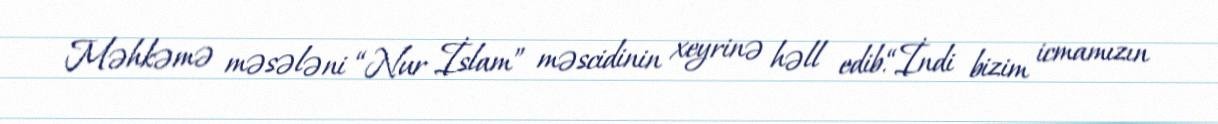
Məhkəmə məsələni “Nur İslam” məscidinin xeyrinə həll edib.“İndi bizim icmamızın